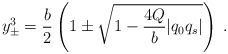
\begin{align*}y^3_{\pm}={b\over 2} \left(1 \pm \sqrt{1-{4Q\over b}|q_0q_s|}\right)\;.\end{align*}